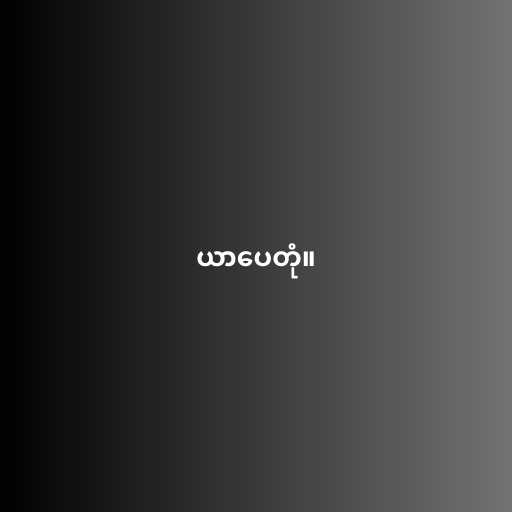
ယာပေတုံ။